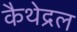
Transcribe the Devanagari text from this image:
कैथेद्रल